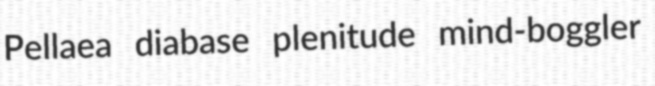
Pellaea diabase plenitude mind-boggler